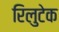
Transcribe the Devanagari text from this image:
रिलुटेक